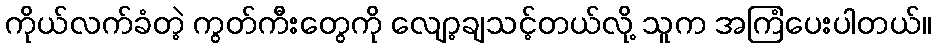
ကိုယ်လက်ခံတဲ့ ကွတ်ကီးတွေကို လျော့ချသင့်တယ်လို့ သူက အကြံပေးပါတယ်။